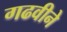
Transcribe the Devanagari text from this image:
गढवीने